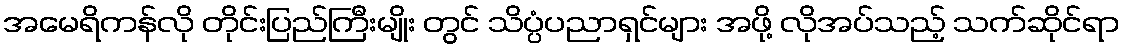
အမေရိကန်လို တိုင်းပြည်ကြီးမျိုး တွင် သိပ္ပံပညာရှင်များ အဖို့ လိုအပ်သည့် သက်ဆိုင်ရာ